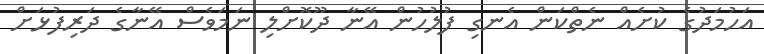
އަހުމަދުގެ ކުށެއް ނެތްކަން އެނގި ފުލުހުން އޭނާ ދޫކޮށްލި ނަމަވެސް އޭނާގެ ދަރިފުޅަށް